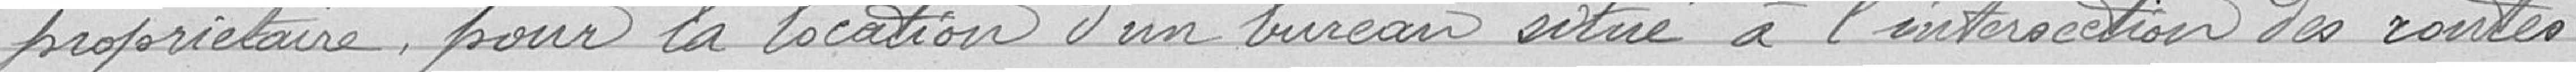
propriétaire, pour la location d'un bureau situé à l'intersection des routes.